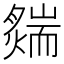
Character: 𦓟